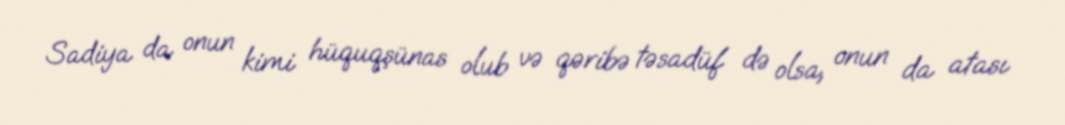
Sadiya da onun kimi hüquqşünas olub və qəribə təsadüf də olsa, onun da atası